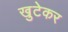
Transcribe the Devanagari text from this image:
खुटेकर